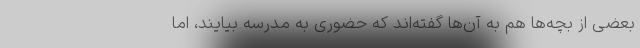
بعضی از بچه‌ها هم به آن‌ها گفته‌اند که حضوری به مدرسه بیایند، اما